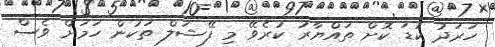
ހަރަދު ކުޑަ ކޮށް ތައްޔާރު ކުރެވޭ މި ފޭޝަލް ތަކުން ހަމަށް ވެސް